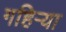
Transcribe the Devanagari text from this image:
गहिर्‍या